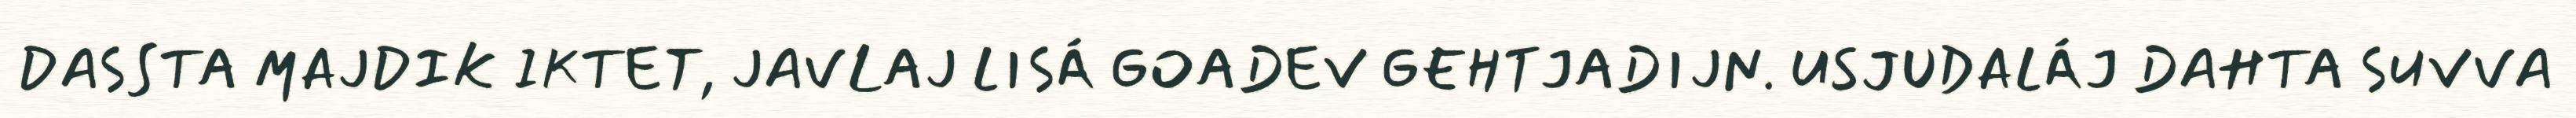
DASSTA MAJDIK IKTET, JAVLAJ LISÁ GOADEV GEHTJADIJN. USJUDALÁJ DAHTA SUVVA